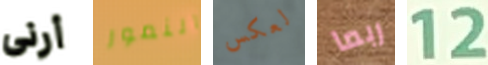
أرنى النمور لعكس ربما 12